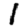
Digit: 1